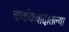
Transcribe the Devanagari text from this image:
चार्वाकवादातल्या